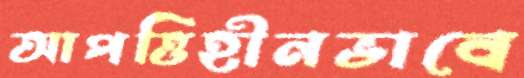
আপত্তিহীনভাবে